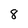
Character: 8